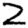
Digit: 2